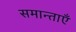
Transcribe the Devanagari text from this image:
समान्ताएँ